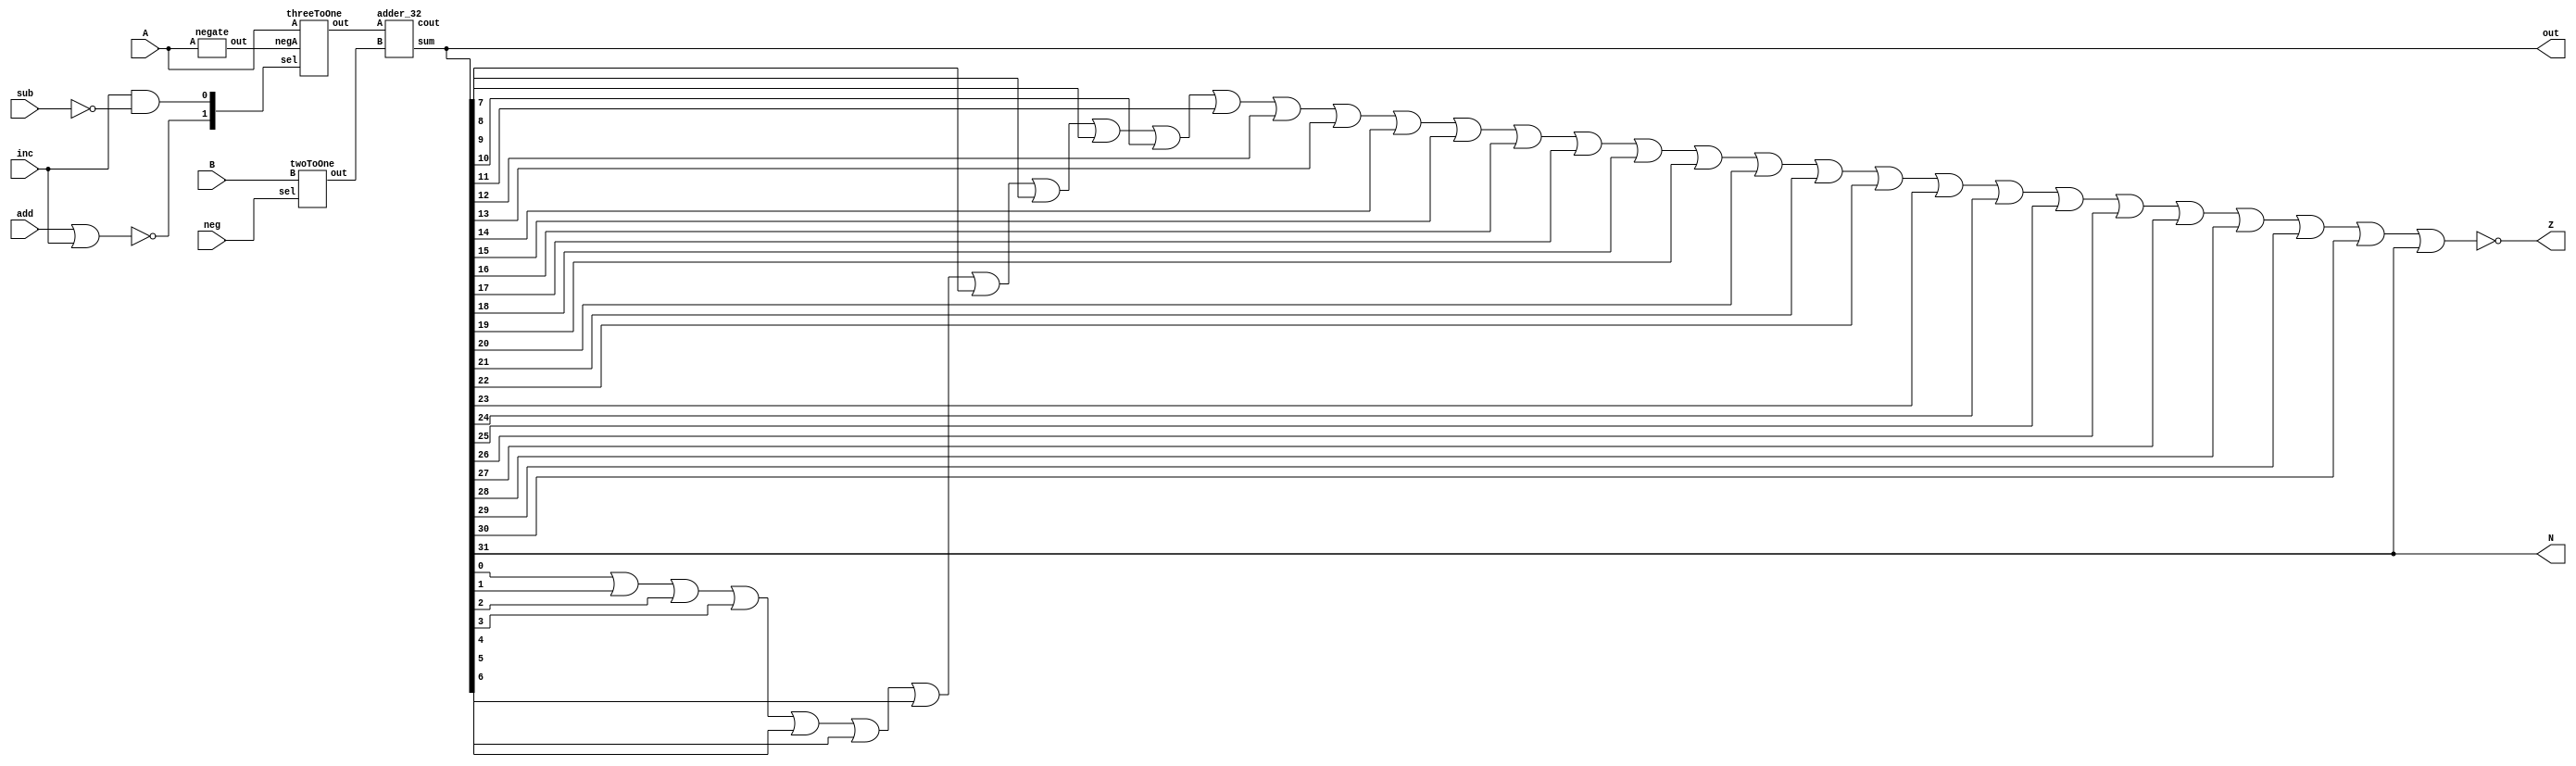
`timescale 1ns / 1ps
//////////////////////////////////////////////////////////////////////////////////
// Company: 
// Engineer: 
// 
// Design Name: 
// Module Name: ALU
// Project Name: 
// Target Devices: 
// Tool Versions: 
// Description: 
// 
// Dependencies: 
// 
// Revision:
// Revision 0.01 - File Created
// Additional Comments:
// 
//////////////////////////////////////////////////////////////////////////////////


module alu(A,B,add,inc,neg,sub,out,Z,N);
    input [31:0] A;
    input [31:0] B;
    input add, inc, neg, sub;
    output [31:0] out;
    output Z,N;
    
    wire [1:0] select;
    wire [31:0] outA;
    wire [31:0] outB;
    wire [31:0] neg_A;
    wire [31:0] out_adder;
    wire not_sub, carry;
    
    not(not_sub, sub);
    and(select[0], inc, not_sub);
    nor(select[1], add, inc);
    
    negate negate_A(A, neg_A);
    threeToOne mux_A(A, neg_A, select, outA);
    twoToOne mux_B(B, neg, outB);
    adder_32 addAB(.A(outA), .B(outB), .cout(carry), .sum(out));
    
    nor(Z, out[0], out[1], out[2], out[3], out[4], out[5], out[6], out[7], out[8], out[9], out[10], out[11],
        out[12], out[13], out[14], out[15], out[16], out[17], out[18], out[19], out[20], out[21], out[22],
        out[23], out[24], out[25], out[26], out[27], out[28], out[29], out[30], out[31]);
        
        assign N = out[31];
    
endmodule

module twoToOne(B,sel,out);
    input [31:0] B;
    input sel;
    output [31:0] out;
    wire notSel;
    
    not(notSel, sel);
    and(out[0], B[0], notSel);
    and(out[1], B[1], notSel);
    and(out[2], B[2], notSel);
    and(out[3], B[3], notSel);
    and(out[4], B[4], notSel);
    and(out[5], B[5], notSel);
    and(out[6], B[6], notSel);
    and(out[7], B[7], notSel);
    and(out[8], B[8], notSel);
    and(out[9], B[9], notSel);
    and(out[10], B[10], notSel);
    and(out[11], B[11], notSel);
    and(out[12], B[12], notSel);
    and(out[13], B[13], notSel);
    and(out[14], B[14], notSel);
    and(out[15], B[15], notSel);
    and(out[16], B[16], notSel);
    and(out[17], B[17], notSel);
    and(out[18], B[18], notSel);
    and(out[19], B[19], notSel);
    and(out[20], B[20], notSel);
    and(out[21], B[21], notSel);
    and(out[22], B[22], notSel);
    and(out[23], B[23], notSel);
    and(out[24], B[24], notSel);
    and(out[25], B[25], notSel);
    and(out[26], B[26], notSel);
    and(out[27], B[27], notSel);
    and(out[28], B[28], notSel);
    and(out[29], B[29], notSel);
    and(out[30], B[30], notSel);
    and(out[31], B[31], notSel);
endmodule

module adder(A, B, cin, out, cout);
    input A,B,cin;
    output out, cout;
    wire xor_out, andAB_out, cin_and_out;
    
    xor(xor_out, A, B);
    xor(out, xor_out, cin);
    and(cin_and_out, cin, xor_out);
    and(andAB_out, A, B);
    or(cout, andAB_out, cin_and_out);
endmodule

module adder_32(A,B,cout,sum);
    input [31:0] A;
    input [31:0] B;
    output [31:0] sum;
    output cout;
    wire c0, c1, c2, c3, c4, c5, c6, c7, c8, c9, c10, c11, c12, c13, c14, c15, c16, c17, c18, c19, c20, c21, c22, c23, c24, c25, c26, c27, c28, c29, c30, c31;
    
    adder adder_1(A[0], B[0], 1'b0, sum[0], c0);
    adder adder_2(A[1], B[1], c0, sum[1], c1);
    adder adder_3(A[2], B[2], c1, sum[2], c2);
    adder adder_4(A[3], B[3], c2, sum[3], c3);
    adder adder_5(A[4], B[4], c3, sum[4], c4);
    adder adder_6(A[5], B[5], c4, sum[5], c5);
    adder adder_7(A[6], B[6], c5, sum[6], c6);
    adder adder_8(A[7], B[7], c6, sum[7], c7);
    adder adder_9(A[8], B[8], c7, sum[8], c8);
    adder adder_10(A[9], B[9], c8, sum[9], c9);
    adder adder_11(A[10], B[10], c9, sum[10], c10);
    adder adder_12(A[11], B[11], c10, sum[11], c11);
    adder adder_13(A[12], B[12], c11, sum[12], c12);
    adder adder_14(A[13], B[13], c12, sum[13], c13);
    adder adder_15(A[14], B[14], c13, sum[14], c14);
    adder adder_16(A[15], B[15], c14, sum[15], c15);
    adder adder_17(A[16], B[16], c15, sum[16], c16);
    adder adder_18(A[17], B[17], c16, sum[17], c17);
    adder adder_19(A[18], B[18], c17, sum[18], c18);
    adder adder_20(A[19], B[19], c18, sum[19], c19);
    adder adder_21(A[20], B[20], c19, sum[20], c20);
    adder adder_22(A[21], B[21], c20, sum[21], c21);
    adder adder_23(A[22], B[22], c21, sum[22], c22);
    adder adder_24(A[23], B[23], c22, sum[23], c23);
    adder adder_25(A[24], B[24], c23, sum[24], c24);
    adder adder_26(A[25], B[25], c24, sum[25], c25);
    adder adder_27(A[26], B[26], c25, sum[26], c26);
    adder adder_28(A[27], B[27], c26, sum[27], c27);
    adder adder_29(A[28], B[28], c27, sum[28], c28);
    adder adder_30(A[29], B[29], c28, sum[29], c29);
    adder adder_31(A[30], B[30], c29, sum[30], c30);
    adder adder_32(A[31], B[31], c30, sum[31], cout);
endmodule

module negate(A, out);
    input [31:0] A;
    output [31:0] out;
    wire [31:0] negA;
    wire cout;
    
    not(negA[0], A[0]);
    not(negA[1], A[1]);
    not(negA[2], A[2]);
    not(negA[3], A[3]);
    not(negA[4], A[4]);
    not(negA[5], A[5]);
    not(negA[6], A[6]);
    not(negA[7], A[7]);
    not(negA[8], A[8]);
    not(negA[9], A[9]);
    not(negA[10], A[10]);
    not(negA[11], A[11]);
    not(negA[12], A[12]);
    not(negA[13], A[13]);
    not(negA[14], A[14]);
    not(negA[15], A[15]);
    not(negA[16], A[16]);
    not(negA[17], A[17]);
    not(negA[18], A[18]);
    not(negA[19], A[19]);
    not(negA[20], A[20]);
    not(negA[21], A[21]);
    not(negA[22], A[22]);
    not(negA[23], A[23]);
    not(negA[24], A[24]);
    not(negA[25], A[25]);
    not(negA[26], A[26]);
    not(negA[27], A[27]);
    not(negA[28], A[28]);
    not(negA[29], A[29]);
    not(negA[30], A[30]);
    not(negA[31], A[31]);
    
    adder_32 add_32(.A(negA), .B(1), .cout(cout), .sum(out));
endmodule

module threeToOne(A, negA, sel, out);
    input [31:0] A;
    input [31:0] negA;
    input [1:0] sel;
    output [31:0] out;
    
    wire [31:0] out1;
    wire [31:0] out2;
    wire [31:0] out3;
    wire notSel0, notSel1;
    
    not(notSel0, sel[0]);
    not(notSel1, sel[1]);
    
    and(out1[0], A[0], notSel0, notSel1);
    and(out1[1], A[1], notSel0, notSel1);
    and(out1[2], A[2], notSel0, notSel1);
    and(out1[3], A[3], notSel0, notSel1);
    and(out1[4], A[4], notSel0, notSel1);
    and(out1[5], A[5], notSel0, notSel1);
    and(out1[6], A[6], notSel0, notSel1);
    and(out1[7], A[7], notSel0, notSel1);
    and(out1[8], A[8], notSel0, notSel1);
    and(out1[9], A[9], notSel0, notSel1);
    and(out1[10], A[10], notSel0, notSel1);
    and(out1[11], A[11], notSel0, notSel1);
    and(out1[12], A[12], notSel0, notSel1);
    and(out1[13], A[13], notSel0, notSel1);
    and(out1[14], A[14], notSel0, notSel1);
    and(out1[15], A[15], notSel0, notSel1);
    and(out1[16], A[16], notSel0, notSel1);
    and(out1[17], A[17], notSel0, notSel1);
    and(out1[18], A[18], notSel0, notSel1);
    and(out1[19], A[19], notSel0, notSel1);
    and(out1[20], A[20], notSel0, notSel1);
    and(out1[21], A[21], notSel0, notSel1);
    and(out1[22], A[22], notSel0, notSel1);
    and(out1[23], A[23], notSel0, notSel1);
    and(out1[24], A[24], notSel0, notSel1);
    and(out1[25], A[25], notSel0, notSel1);
    and(out1[26], A[26], notSel0, notSel1);
    and(out1[27], A[27], notSel0, notSel1);
    and(out1[28], A[28], notSel0, notSel1);
    and(out1[29], A[29], notSel0, notSel1);
    and(out1[30], A[30], notSel0, notSel1);
    and(out1[31], A[31], notSel0, notSel1);
    
    and(out2[0], negA[0], notSel0, sel[1]);
    and(out2[1], negA[1], notSel0, sel[1]);
    and(out2[2], negA[2], notSel0, sel[1]);
    and(out2[3], negA[3], notSel0, sel[1]);
    and(out2[4], negA[4], notSel0, sel[1]);
    and(out2[5], negA[5], notSel0, sel[1]);
    and(out2[6], negA[6], notSel0, sel[1]);
    and(out2[7], negA[7], notSel0, sel[1]);
    and(out2[8], negA[8], notSel0, sel[1]);
    and(out2[9], negA[9], notSel0, sel[1]);
    and(out2[10], negA[10], notSel0, sel[1]);
    and(out2[11], negA[11], notSel0, sel[1]);
    and(out2[12], negA[12], notSel0, sel[1]);
    and(out2[13], negA[13], notSel0, sel[1]);
    and(out2[14], negA[14], notSel0, sel[1]);
    and(out2[15], negA[15], notSel0, sel[1]);
    and(out2[16], negA[16], notSel0, sel[1]);
    and(out2[17], negA[17], notSel0, sel[1]);
    and(out2[18], negA[18], notSel0, sel[1]);
    and(out2[19], negA[19], notSel0, sel[1]);
    and(out2[20], negA[20], notSel0, sel[1]);
    and(out2[21], negA[21], notSel0, sel[1]);
    and(out2[22], negA[22], notSel0, sel[1]);
    and(out2[23], negA[23], notSel0, sel[1]);
    and(out2[24], negA[24], notSel0, sel[1]);
    and(out2[25], negA[25], notSel0, sel[1]);
    and(out2[26], negA[26], notSel0, sel[1]);
    and(out2[27], negA[27], notSel0, sel[1]);
    and(out2[28], negA[28], notSel0, sel[1]);
    and(out2[29], negA[29], notSel0, sel[1]);
    and(out2[30], negA[30], notSel0, sel[1]);
    and(out2[31], negA[31], notSel0, sel[1]);

    and(out3[0], 1, sel[0], notSel1);
    and(out3[1], 0, sel[0], notSel1);
    and(out3[2], 0, sel[0], notSel1);
    and(out3[3], 0, sel[0], notSel1);
    and(out3[4], 0, sel[0], notSel1);
    and(out3[5], 0, sel[0], notSel1);
    and(out3[6], 0, sel[0], notSel1);
    and(out3[7], 0, sel[0], notSel1);
    and(out3[8], 0, sel[0], notSel1);
    and(out3[9], 0, sel[0], notSel1);
    and(out3[10], 0, sel[0], notSel1);
    and(out3[11], 0, sel[0], notSel1);
    and(out3[12], 0, sel[0], notSel1);
    and(out3[13], 0, sel[0], notSel1);
    and(out3[14], 0, sel[0], notSel1);
    and(out3[15], 0, sel[0], notSel1);
    and(out3[16], 0, sel[0], notSel1);
    and(out3[17], 0, sel[0], notSel1);
    and(out3[18], 0, sel[0], notSel1);
    and(out3[19], 0, sel[0], notSel1);
    and(out3[20], 0, sel[0], notSel1);
    and(out3[21], 0, sel[0], notSel1);
    and(out3[22], 0, sel[0], notSel1);
    and(out3[23], 0, sel[0], notSel1);
    and(out3[24], 0, sel[0], notSel1);
    and(out3[25], 0, sel[0], notSel1);
    and(out3[26], 0, sel[0], notSel1);
    and(out3[27], 0, sel[0], notSel1);
    and(out3[28], 0, sel[0], notSel1);
    and(out3[29], 0, sel[0], notSel1);
    and(out3[30], 0, sel[0], notSel1);
    and(out3[31], 0, sel[0], notSel1);
    
    
//    or(out[0], out1[0], out2[0], out3[0]);
//    or(out[1], out1[1], out2[1], out3[1]);
//    or(out[2], out1[2], out2[2], out3[2]);
//    or(out[3], out1[3], out2[3], out3[3]);
//    or(out[4], out1[4], out2[4], out3[4]);
//    or(out[5], out1[5], out2[5], out3[5]);
//    or(out[6], out1[6], out2[6], out3[6]);
//    or(out[7], out1[7], out2[7], out3[7]);
//    or(out[8], out1[8], out2[8], out3[8]);
//    or(out[9], out1[9], out2[9], out3[9]);
//    or(out[10], out1[10], out2[10], out3[10]);
//    or(out[11], out1[11], out2[11], out3[11]);
//    or(out[12], out1[12], out2[12], out3[12]);
//    or(out[13], out1[13], out2[13], out3[13]);
//    or(out[14], out1[14], out2[14], out3[14]);
//    or(out[15], out1[15], out2[15], out3[15]);
//    or(out[16], out1[16], out2[16], out3[16]);
//    or(out[17], out1[17], out2[17], out3[17]);
//    or(out[18], out1[18], out2[18], out3[18]);
//    or(out[19], out1[19], out2[19], out3[19]);
//    or(out[20], out1[20], out2[20], out3[20]);
//    or(out[21], out1[21], out2[21], out3[21]);
//    or(out[22], out1[22], out2[22], out3[22]);
//    or(out[23], out1[23], out2[23], out3[23]);
//    or(out[24], out1[24], out2[24], out3[24]);
//    or(out[25], out1[25], out2[25], out3[25]);
//    or(out[26], out1[26], out2[26], out3[26]);
//    or(out[27], out1[27], out2[27], out3[27]);
//    or(out[28], out1[28], out2[28], out3[28]);
//    or(out[29], out1[29], out2[29], out3[29]);
//    or(out[30], out1[30], out2[30], out3[30]);
//    or(out[31], out1[31], out2[31], out3[31]);

    assign out = (out1 | out2 | out3);
endmodule